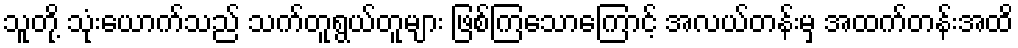
သူတို့ သုံးယောက်သည် သက်တူရွယ်တူများ ဖြစ်ကြသောကြောင့် အလယ်တန်းမှ အထက်တန်းအထိ